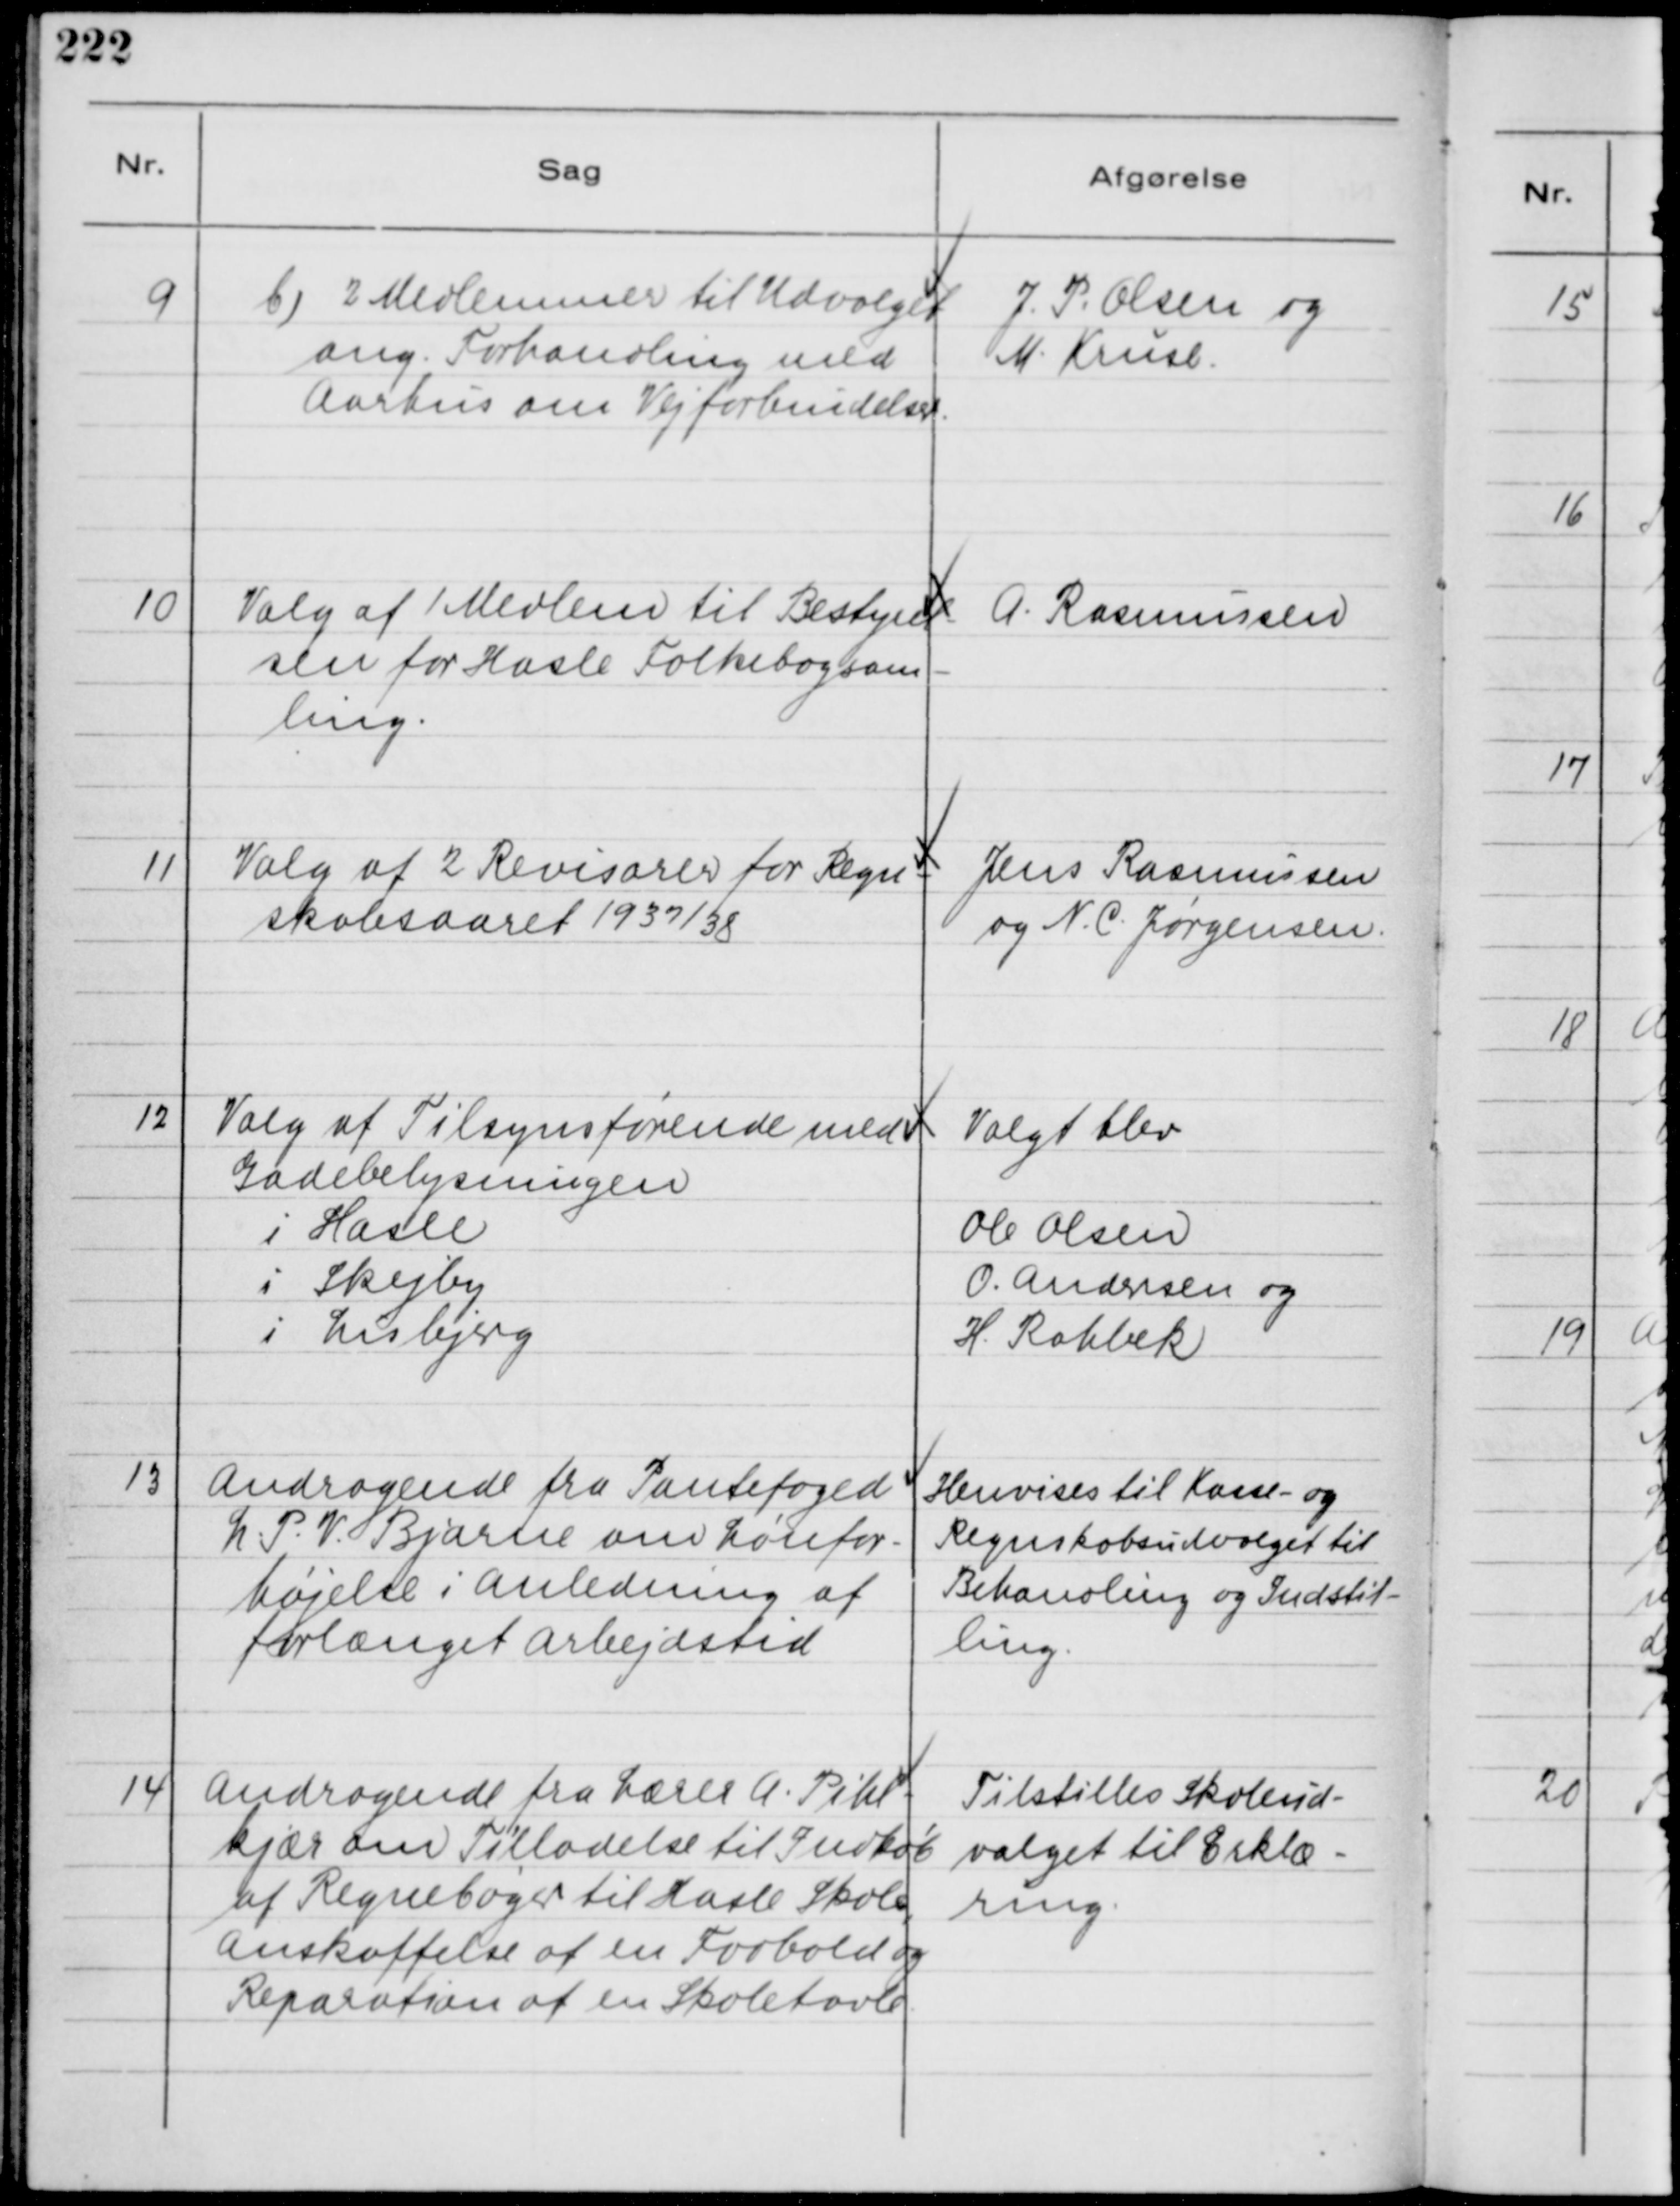
Transskription:
9
b) 2 Medlemmer til Udvalget
ang. Forhandling med
Aarhus om Vejforbindelser.

J. P. Olsen og
M. Kruse.

10
Valg af 1 Medlem til Bestyrel-
sen for Hasle Folkebogsam-
ning.

A. Rasmussen

11
Valg af 2 Revisorer for Regn-
skabsaaret 1937/38

Jens Rasmussen
og N. C. Jørgensen.

12
Valg at Tilsynsførende med
Gadebelysningen
Valgt blev
i Hasle
Ole Olsen
i Skejby
O. Andersen og
i Lisbjerg
H. Rahbek

13
Andragende fra Pantefoged
L. P. V. Bjarne om Lønfor-
højelse i Anledning af
forlænget Arbejdstid

Henvises til Kasse- og
Regnskabsudvalget til
Behandling og Indstil-
ning.

14
Andragende fra Lærer A. Pihl-
kjær om Tilladelse til Indkøb
til Regnebøger til Hasle Skole,
Anskaffelse af en Fodbold og
Reparation af en Skoletavle.

Tilstilles Skoleud-
valget til Erklæ-
ring.